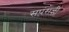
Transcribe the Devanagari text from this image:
सपंराज्ञी